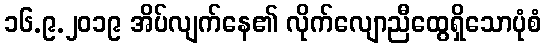
၁၆.၉.၂၀၁၉ အိပ်လျက်နေ၏ လိုက်လျောညီထွေရှိသောပုံစံ